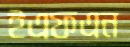
ইএফএন